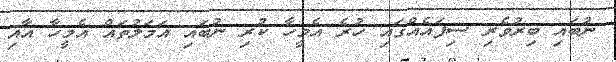
ނުބައި ބިރުވެރި ސިފައެއްގައި ހުރެ އެމީހާ ކުރި ނުބައި އަމަލުތައް އެމީހާ އާއި